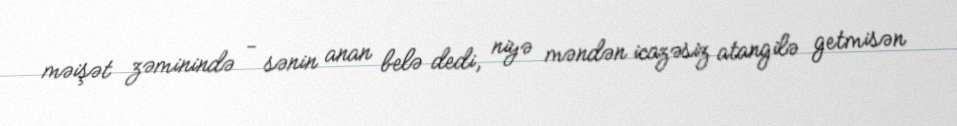
məişət zəminində - sənin anan belə dedi, niyə məndən icazəsiz atangilə getmisən